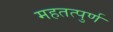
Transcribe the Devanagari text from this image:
महतत्पुर्ण